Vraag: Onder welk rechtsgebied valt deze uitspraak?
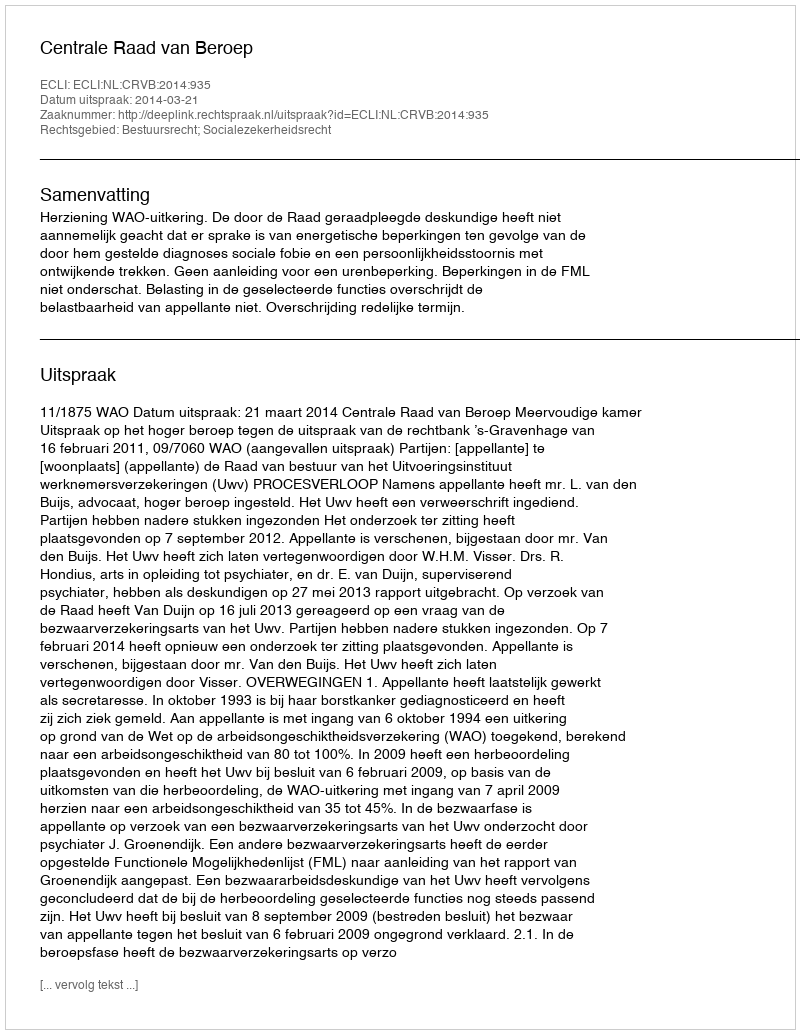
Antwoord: Bestuursrecht; Socialezekerheidsrecht